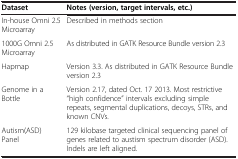
<table><thead><tr><td><b>Dataset</b></td><td><b>Notes (version, target intervals, etc.)</b></td></tr></thead><tbody><tr><td>In-house Omni 2.5 Microarray</td><td>Described in methods section</td></tr><tr><td>1000G Omni 2.5 Microarray</td><td>As distributed in GATK Resource Bundle version 2.3</td></tr><tr><td>Hapmap</td><td>Version 3.3. As distributed in GATK Resource Bundle version 2.3</td></tr><tr><td>Genome in a Bottle</td><td>Version 2.17, dated Oct. 17 2013. Most restrictive “high confidence” intervals excluding simple repeats, segmental duplications, decoys, STRs, and known CNVs.</td></tr><tr><td>Autism(ASD) Panel</td><td>129 kilobase targeted clinical sequencing panel of genes related to austism spectrum disorder (ASD). Indels are left aligned.</td></tr></tbody></table>